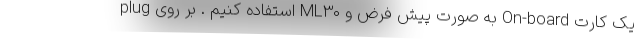
plug استفاده کنیم . بر روی ML30 به صورت پیش فرض و On-board یک کارت